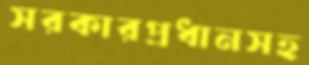
সরকারপ্রধানসহ